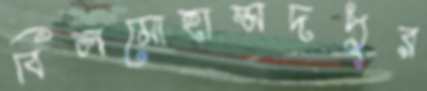
বিলমোহাম্মদপুর